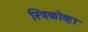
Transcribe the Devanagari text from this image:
स्त्रिकोव्हा